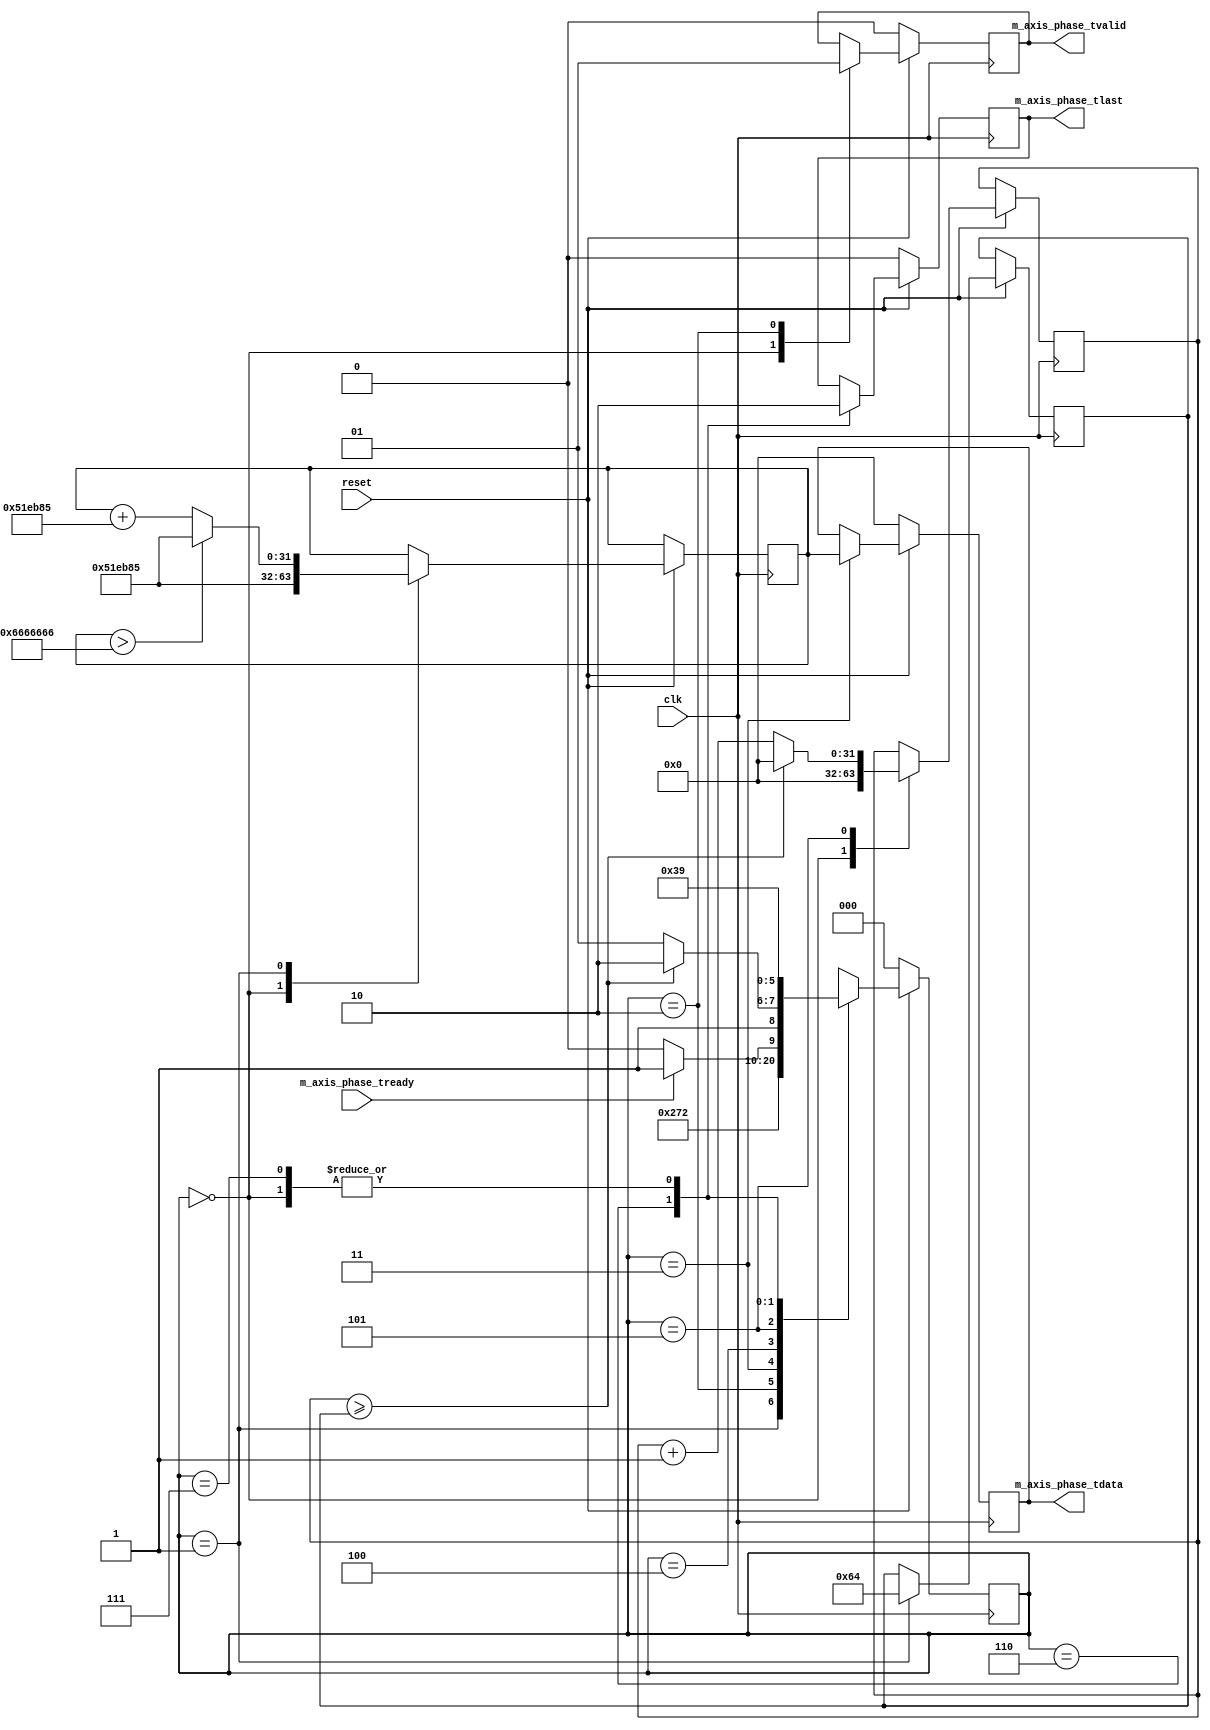
`timescale 1ns / 1ps

module phase_inc_sm(
    input clk,
    input reset,
    output reg m_axis_phase_tvalid,
    output reg m_axis_phase_tlast,
    input m_axis_phase_tready,
    output reg [31:0] m_axis_phase_tdata
    );

    wire [31:0] carrier_freq_100k;
    wire [31:0] carrier_period_100k;    
    wire [31:0] carrier_freq_200k;
    wire [31:0] carrier_period_200k;
    wire [31:0] carrier_freq_500k;
    wire [31:0] carrier_period_500k; 
    wire [31:0] carrier_freq_750k;
    wire [31:0] carrier_period_750k; 
    wire [31:0] carrier_freq_1m;
    wire [31:0] carrier_period_1m;    
    wire [31:0] carrier_freq_10m;
    wire [31:0] carrier_period_10m;
    wire [31:0] carrier_freq_20m;
    wire [31:0] carrier_period_20m; 
    wire [31:0] carrier_freq_45m;
    wire [31:0] carrier_period_45m;
    wire [31:0] carrier_freq_50m;
    wire [31:0] carrier_period_50m; 
    reg [31:0] carrier_freq;
    reg [31:0] carrier_period;           
    
    // 100 kHz
    assign carrier_freq_100k = 32'h83126;  //32'h418937;
    assign carrier_period_100k = 32'd1000;       
    
    // 200 kHz
    assign carrier_freq_200k = 32'h10624D; //32'h83126e;
    assign carrier_period_200k = 32'd500;
    
    // 500 kHz 
    assign carrier_freq_500k = 32'h28F5C2; //32'h147ae14;
    assign carrier_period_500k = 32'd200;
    
    // 750 kHz C0000000
    assign carrier_freq_750k = 32'h3D70A3; //32'h1eb851e;
    assign carrier_period_750k = 32'd133;
    
    // 1 MHz
    assign carrier_freq_1m = 32'h51EB85; //32'h28F5C28;
    assign carrier_period_1m = 32'd100; 
    
    // 10 MHz
    assign carrier_freq_10m = 32'h3333333; //32'h19999999;
    assign carrier_period_10m = 32'd10; 
    
    // 20 MHz
    assign carrier_freq_20m = 32'h6666666; //32'h33333333;
    assign carrier_period_20m = 32'd5;
    
    // 45 MHz
    assign carrier_freq_45m = 32'hE666666; //32'h73333333;
    assign carrier_period_45m = 32'd3;
    
    // 50 MHz
    assign carrier_freq_50m = 32'h10000000; //32'h80000000;
    assign carrier_period_50m = 32'd2;
    
    reg [2:0] state_reg;
    reg [31:0] period_wait_cnt;
    reg [3:0] cycle_cnt;
    
    parameter init               = 3'd0;
    parameter SetCarrierFreq     = 3'd1;
    parameter SetTvalidHigh      = 3'd2;
    parameter SetSlavePhaseValue = 3'd3;
    parameter CheckTready        = 3'd4;
    parameter WaitState          = 3'd5;   
    parameter SetTlastHigh       = 3'd6;
    parameter SetTlastLow        = 3'd7;
    
    initial 
        begin
            state_reg = 3'd0;
            m_axis_phase_tlast = 1'b0;
            m_axis_phase_tvalid = 1'b0;
            m_axis_phase_tdata = 32'd0;
        end
    
        
    
    always @ (posedge clk)
        begin                    
            // Default Outputs   
            
            if (reset == 1'b0)
                begin
                    m_axis_phase_tdata[31:0] <= 32'd0;
                    m_axis_phase_tlast <= 1'b0;
                    m_axis_phase_tvalid <= 1'b0;
                    cycle_cnt <= 4'd0;
                    state_reg <= init;
                end
            else
                begin
                    case(state_reg)
                        init : //0
                            begin
                                cycle_cnt <= 4'd0;
                                period_wait_cnt <= 32'd0;
                                m_axis_phase_tlast <= 1'b0;
                                m_axis_phase_tvalid <= 1'b0;
                                carrier_freq <= carrier_freq_1m;
                                state_reg <= SetCarrierFreq;// WaitForStart;
                            end
                            
                        SetCarrierFreq : //1
                            begin         
                                if (carrier_freq > carrier_freq_20m)
                                    begin
                                        carrier_freq <= carrier_freq_1m;
                                    end
                                else
                                    begin
                                        carrier_freq <= carrier_freq + carrier_freq_1m;
                                    end
                                
                                carrier_period <= carrier_period_1m;
                                state_reg <= SetTvalidHigh;
                            end
                            
                        SetTvalidHigh : //2
                            begin
                                m_axis_phase_tvalid <= 1'b1; //per PG141 - tvalid is set before tready goes high
                                state_reg <= SetSlavePhaseValue;
                            end
                            
                        SetSlavePhaseValue : //3
                            begin
                                m_axis_phase_tdata[31:0] <= carrier_freq;
                                state_reg <= CheckTready;
                            end
                            
                        CheckTready : //4
                            begin
                                if (m_axis_phase_tready == 1'b1)
                                    begin
                                        state_reg <= WaitState;
                                    end
                                else    
                                    begin
                                        state_reg <= CheckTready;
                                    end
                            end
                            
                        WaitState : //5
                            begin
                                if (period_wait_cnt >= carrier_period)
                                    begin
                                        period_wait_cnt <= 32'd0; 
                                        state_reg <= SetTlastHigh;
                                    end
                                else
                                    begin
                                        period_wait_cnt <= period_wait_cnt + 1;
                                        state_reg <= WaitState;
                                    end
                            end
                            
                        SetTlastHigh : //6
                            begin
                                m_axis_phase_tlast <= 1'b1;
                                state_reg <= SetTlastLow;
                            end
                            
                        SetTlastLow : //7
                            begin
                                m_axis_phase_tlast <= 1'b0;
                                state_reg <= SetCarrierFreq; 
                            end
                            
                    endcase 
                end
        end
        
endmodule